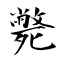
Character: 斃